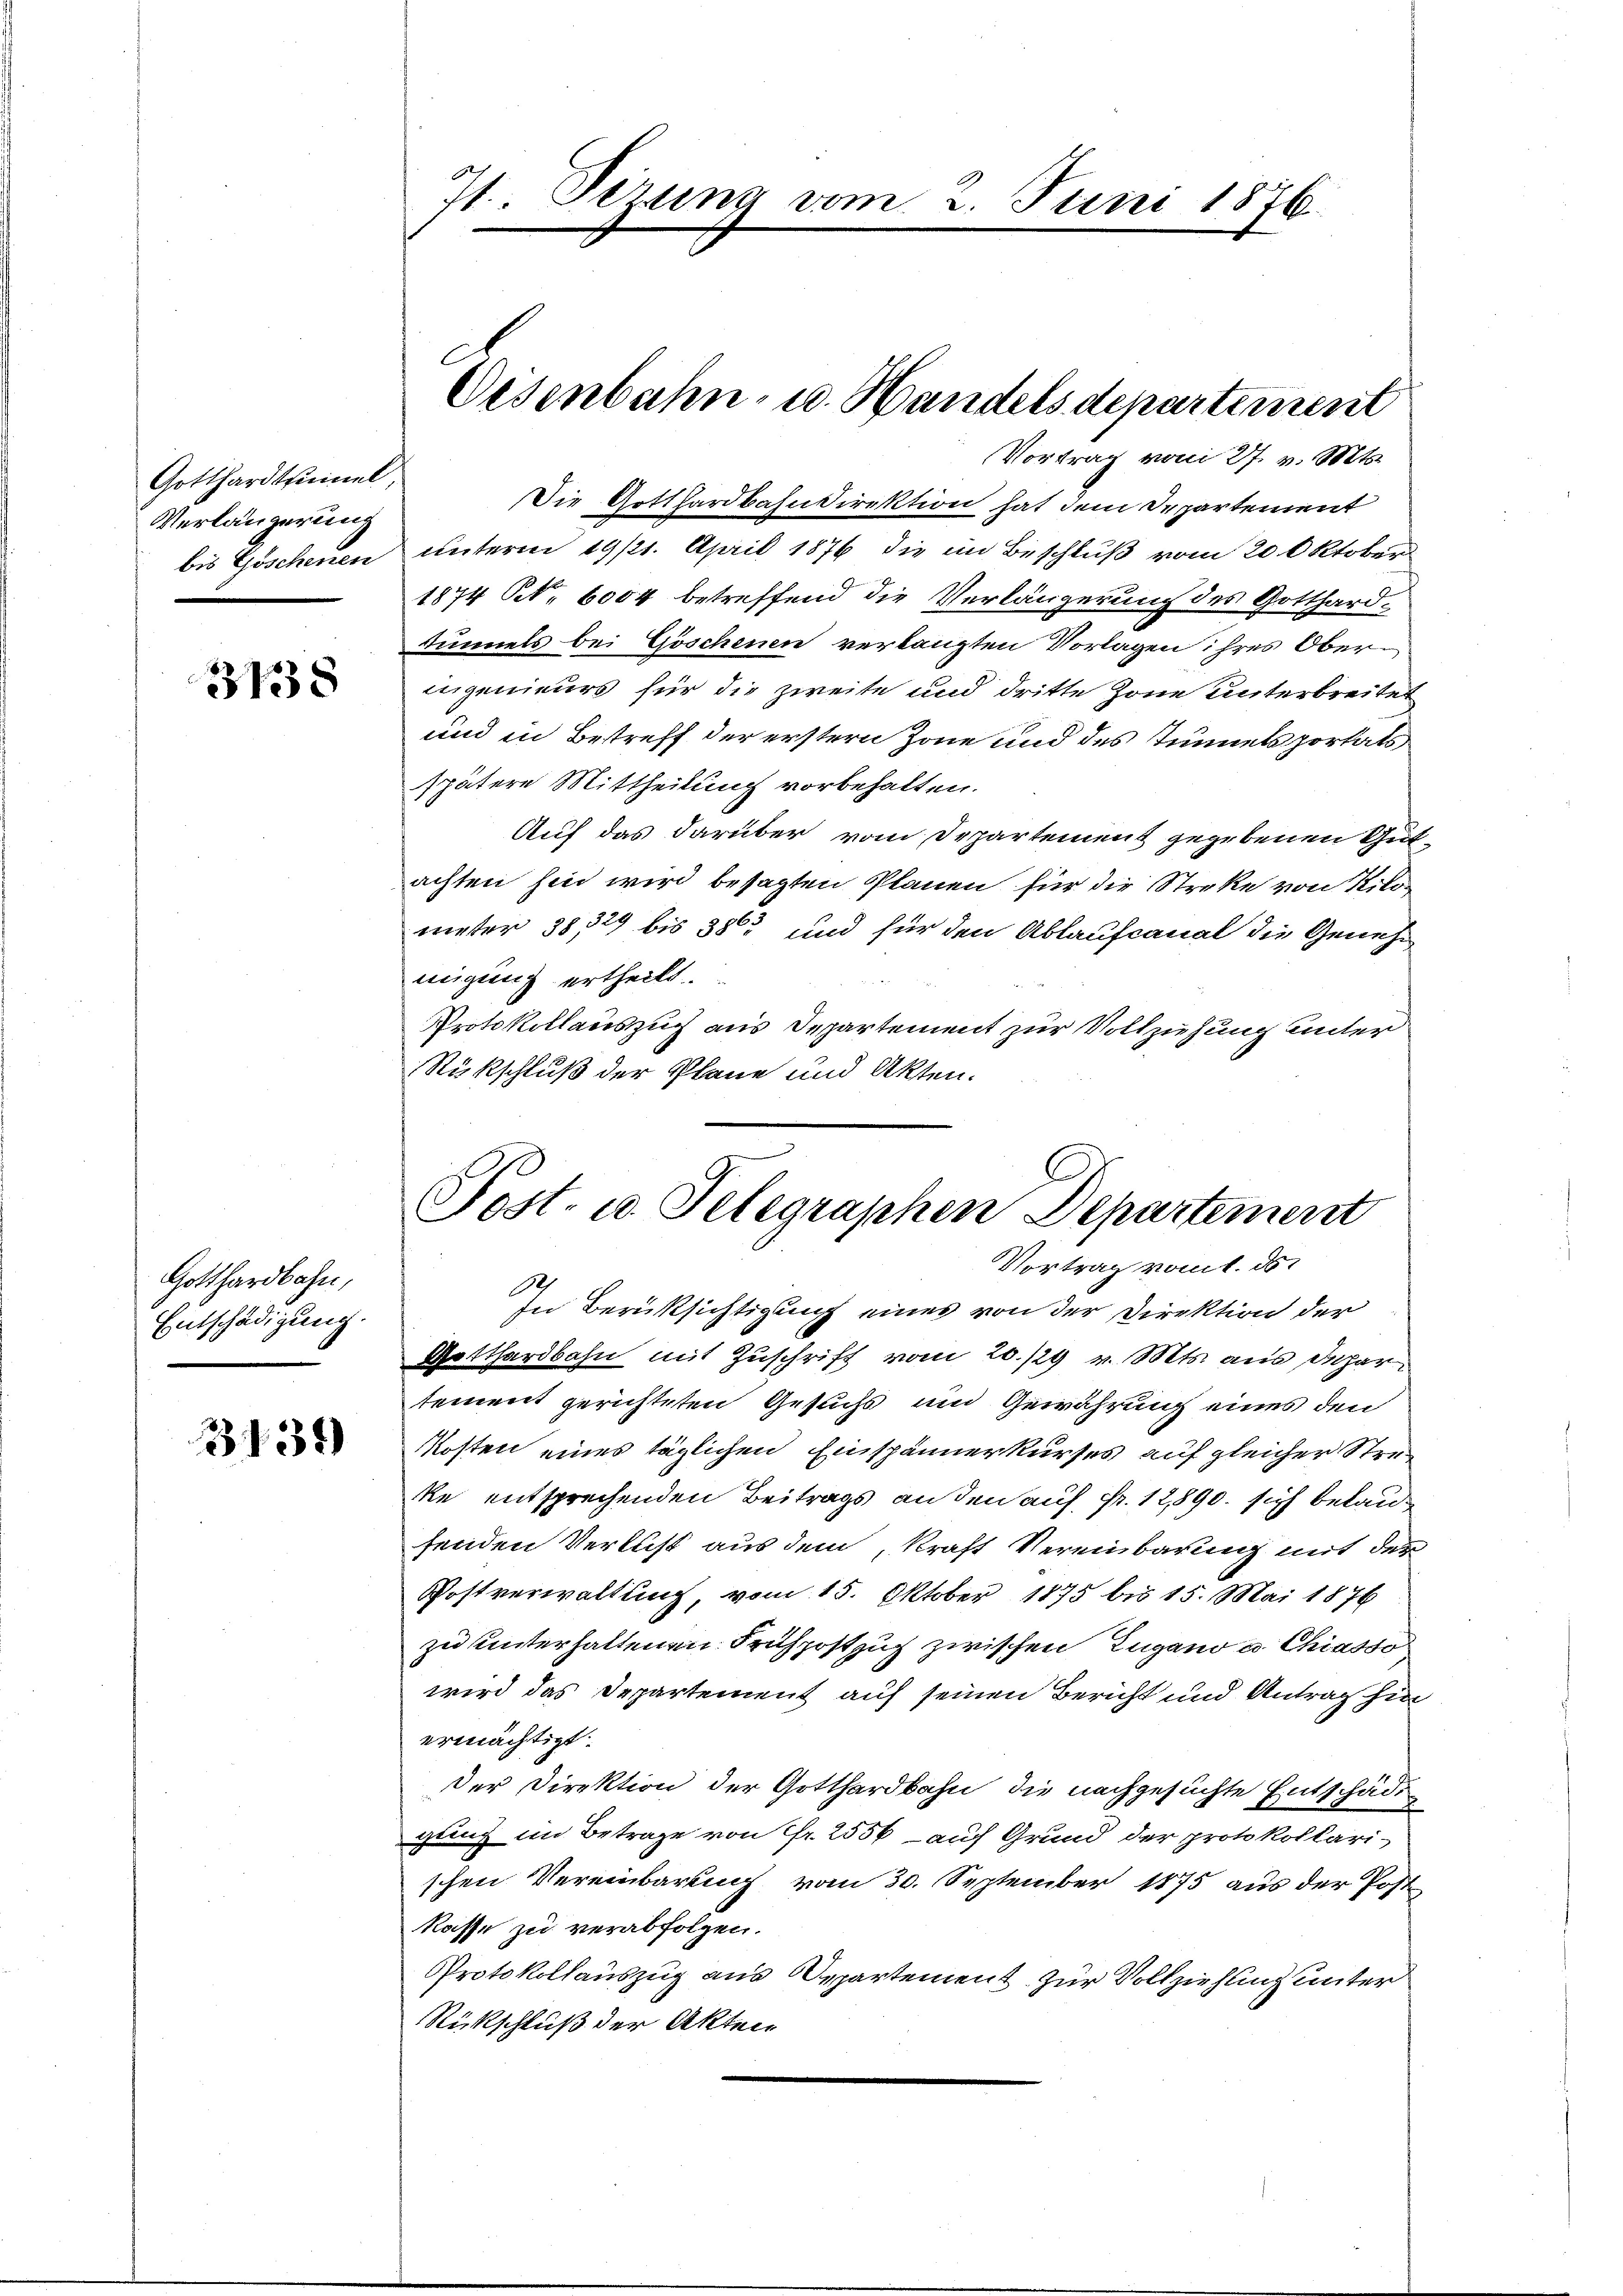
Gotthardtunnel
Verlängerung
bis Göschenen

31338

Gotthardbahn,
Entschädigung.

3. 134)

Die Gotthardbahndirektion hat dem Departement
unterm 19/1. April 1876 die im Beschluß vom 20. Oktober
1874 Art. 6004 betreffend die Verlängerung des Gotthard¬
Tunnels bei Göschenen verlangten Vorlagen ihres Oberingenieurs für die zweite und dritte Zone unterbreitet
und in Bestreff der erstern Zone und des Tunnelsportats
spätere Mittheilung vorbehalten.
Auf das darüber vom Departement gegebenen Gutachten hin wird besagten Planen für die Streke von Kilo
ueter 38, 729 bis 380 und für den Ablaufcanal die Genehmigung ertheilt
Protokollauszug aus Departement zur Vollziehung unter
Rükschluß der Plane und Akten.

71. Dezung vom 2. Juni 1876.

Disenbahn- u. Handels departement
Vortrag vom 27. v. Mts.

Post. u. Telegraphen Departement
Vortrag vom 1. ds.
In Berüksichtigung eines von der Direktion der

Gotthardbahn mit Zuschrift vom 20./29 v. Mts. aus daher
tement gerichteten Gesuchs und Gewährung eines den
Kosten eines täglichen Einspännerkurses auf gleicher Streke entsprechenden Beitrags an den auf Fr. 12890. sich belaufenden Verlust aus dem, kraft Vereinbarung mit der
Postverwaltung, vom 15. Oktober 1875 bis 15. Mai 1876
zu unterhaltenen Frispostzug zwischen Zugano u. Chiasso
wird das Departement auf seinen Bericht und Antrag hin
ermächtigt.
der Direktion der Gotthardbahn die nachgesuchte Entschädigung im Betrage von Fr. 2556 - auf Grund der protokollarischen Vereinbarung vom 30. September 1875 aus der Post
kasse zu verabfolgen.
Protokollauszug aus Departement zur Vollziehung unter
Rückschluß der Akten